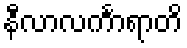
နီလာလင်္ကာရာတိ